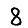
Digit: 8